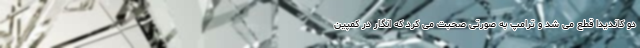
دو کاندیدا قطع می شد و ترامپ به صورتی صحبت می کرد که انگار در کمپین